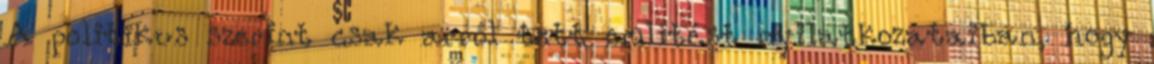
A politikus szerint csak arról tett említést nyilatkozataiban, hogy